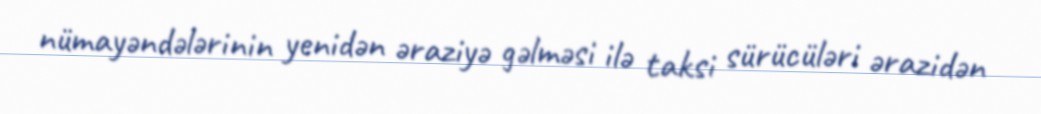
nümayəndələrinin yenidən əraziyə gəlməsi ilə taksi sürücüləri ərazidən